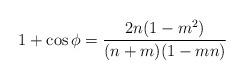
LaTeX: \begin{align*}1 + \cos \phi = \frac{2n(1-m^2)}{(n+m)(1-mn)}\end{align*}